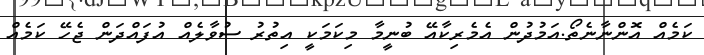
ކަމެއް އޮންނާނެތޯ.އަމުދުން އެމެރިކާއޭ ބުނީމާ މިކަމަކީ އިތުރު ސުވާލެއް އުފައްދަން ޖެހޭ ކަމެއް